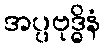
အပ္ပဗုဒ္ဓိနံ